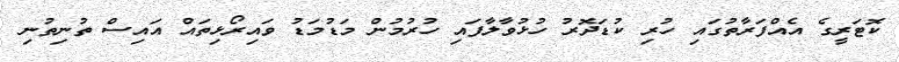
ކޮޓަރީގެ އެއްފަރާތުގައި ހުރި ކުޑަދޮރު ހުޅުވާލާފައި ހުރުމުން މަޑުމަޑު ވައިރޯޅިތައް އައިސް ތުނިތުނި